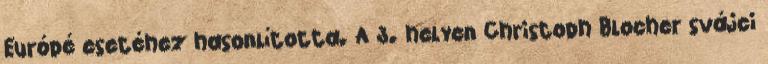
Európé esetéhez hasonlította. A 3. helyen Christoph Blocher svájci